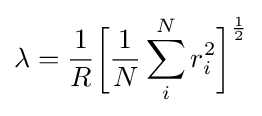
\lambda ={\frac {1}{R}}{\bigg [}{\frac {1}{N}}\sum _{i}^{N}{r_{i}^{2}}{\bigg ]}^{\frac {1}{2}}